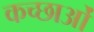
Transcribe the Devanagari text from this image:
कच्छाओं